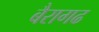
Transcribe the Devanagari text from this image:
बैरागढ